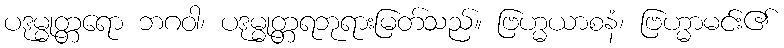
ပဒုမ္မုတ္တရော ဘဂဝါ၊ ပဒုမ္မုတ္တရဘုရားမြတ်သည်။ ဗြဟ္မယာစနံ၊ ဗြဟ္မာမင်း၏